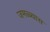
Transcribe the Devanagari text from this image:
जमळ्यास